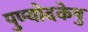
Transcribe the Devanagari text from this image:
पुण्योदकेषु